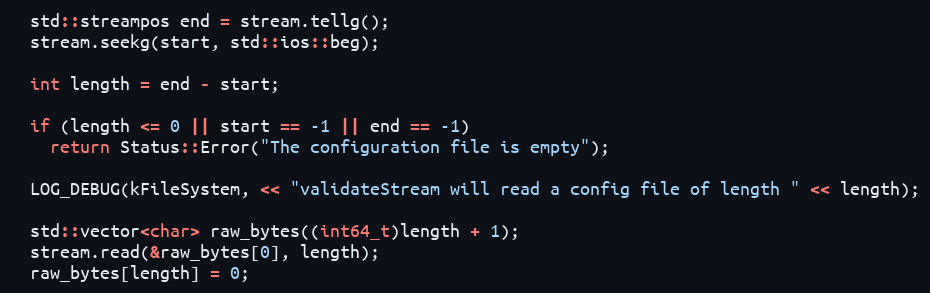
Language: C++
  std::streampos end = stream.tellg();
  stream.seekg(start, std::ios::beg);

  int length = end - start;

  if (length <= 0 || start == -1 || end == -1)
    return Status::Error("The configuration file is empty");

  LOG_DEBUG(kFileSystem, << "validateStream will read a config file of length " << length);

  std::vector<char> raw_bytes((int64_t)length + 1);
  stream.read(&raw_bytes[0], length);
  raw_bytes[length] = 0;